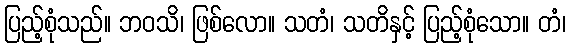
ပြည့်စုံသည်။ ဘဝသိ၊ ဖြစ်လော။ သတံ၊ သတိနှင့် ပြည့်စုံသော။ တံ၊